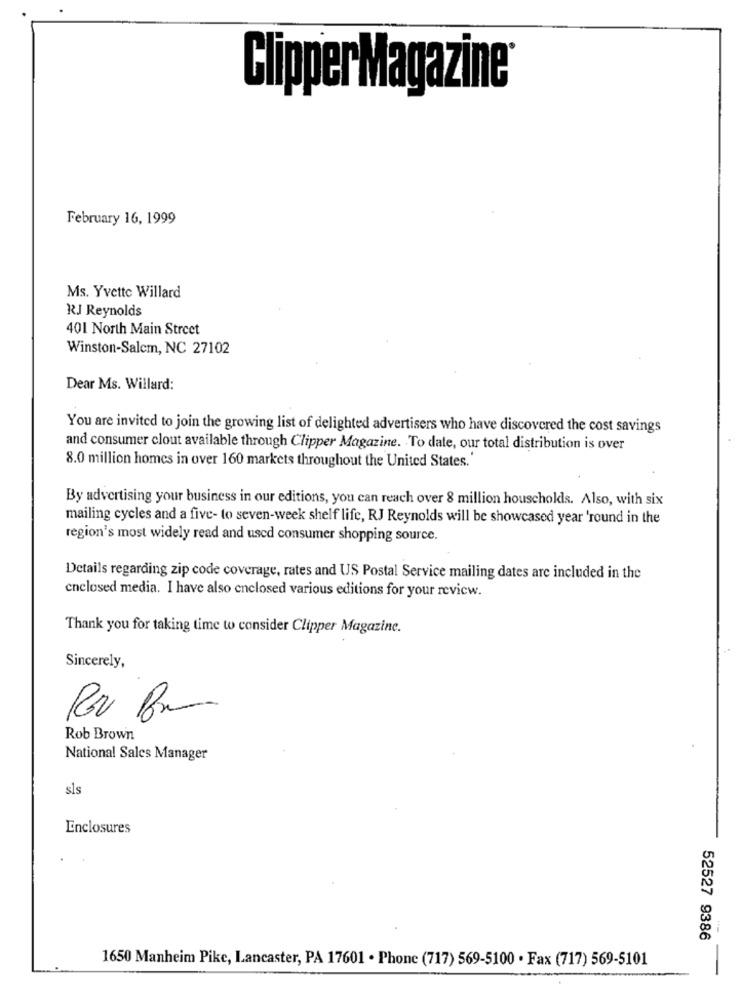
Clipper Magazine
February 16, 1999
Ms. Yvette Willard
RJ Reynolds
401 North Main Street
Winston-Salem, NC 27102
Dear Ms. Willard:
You are invited to join the growing list of delighted advertisers who have discovered the cost savings
and consumer clout available through Clipper Magazine. To date, our total distribution is over
8.0 million homes in over 160 markets throughout the United States.
By advertising your business in our editions, you can reach over 8 million households. Also, with six
mailing cycles and a five- to seven-week shelf life, RJ Reynolds will be showcased year 'round in the
region's most widely read and used consumer shopping source.
Details regarding zip code coverage, rates and US Postal Service mailing dates are included in the
enclosed media. I have also enclosed various editions for your review.
Thank you for taking time to consider Clipper Magazine.
Sincerely,
Rob Brown
National Sales Manager
sls
Enclosures
52527 9386
1650 Manheim Pike, Lancaster, PA 17601 . Phone (717) 569-5100 · Fax (717) 569-5101